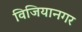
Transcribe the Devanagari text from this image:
विजियानगर